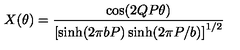
X ( \theta ) = \frac { \cos ( 2 Q P \theta ) } { \left[ \sinh ( 2 \pi b P ) \sinh ( 2 \pi P / b ) \right] ^ { 1 / 2 } }